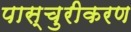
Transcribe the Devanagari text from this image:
पास्चुरीकरण